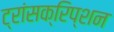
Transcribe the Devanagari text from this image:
ट्रांसक्रिप्‍शन